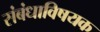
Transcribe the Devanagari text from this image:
संबंधाविषयक